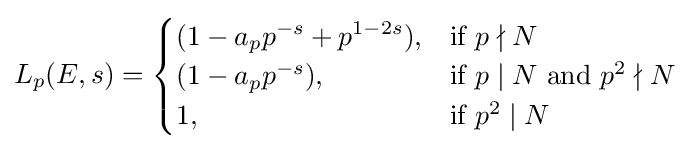
L_{p}(E,s)={\begin{cases}(1-a_{p}p^{-s}+p^{1-2s}),&{\text{if }}p\nmid N\\(1-a_{p}p^{-s}),&{\text{if }}p\mid N{\text{ and }}p^{2}\nmid N\\1,&{\text{if }}p^{2}\mid N\end{cases}}